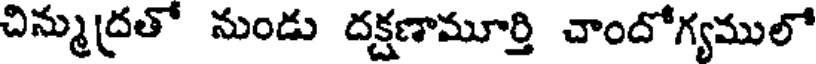
చిన్ముద్రతో నుండు దక్షణామూర్తి చాందోగ్యములో